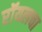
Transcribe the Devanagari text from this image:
रॉयलचा